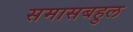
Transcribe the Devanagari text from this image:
समासबहुल